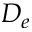
D _ { e }